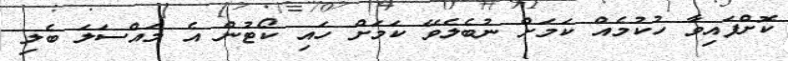
ކޮށްފައިވާ ހުކުމެއް ކަމަށް ނުބެލެވޭ ކަމަށް ހައި ކޯޓުން އެ މައްސަލަ ބެލި